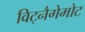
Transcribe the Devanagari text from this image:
विट्नैगेमोट